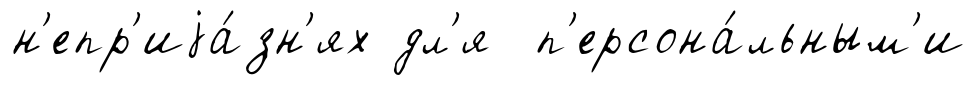
н'епр'иjа́зн'ях дл'я п'ерсона́льным'и